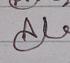
Signature authenticity: genuine